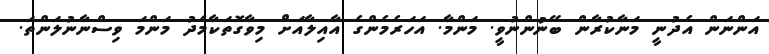
އަންނަން އެދުނީ މަނާކުރާން ބޭނުންނުވީ. މަންމާ. އަހަރެމެންގެ އާއިލާއަށް މިވާގޮތަކާމެދު މަންމަ ވިސްނާނުލަންތަ.